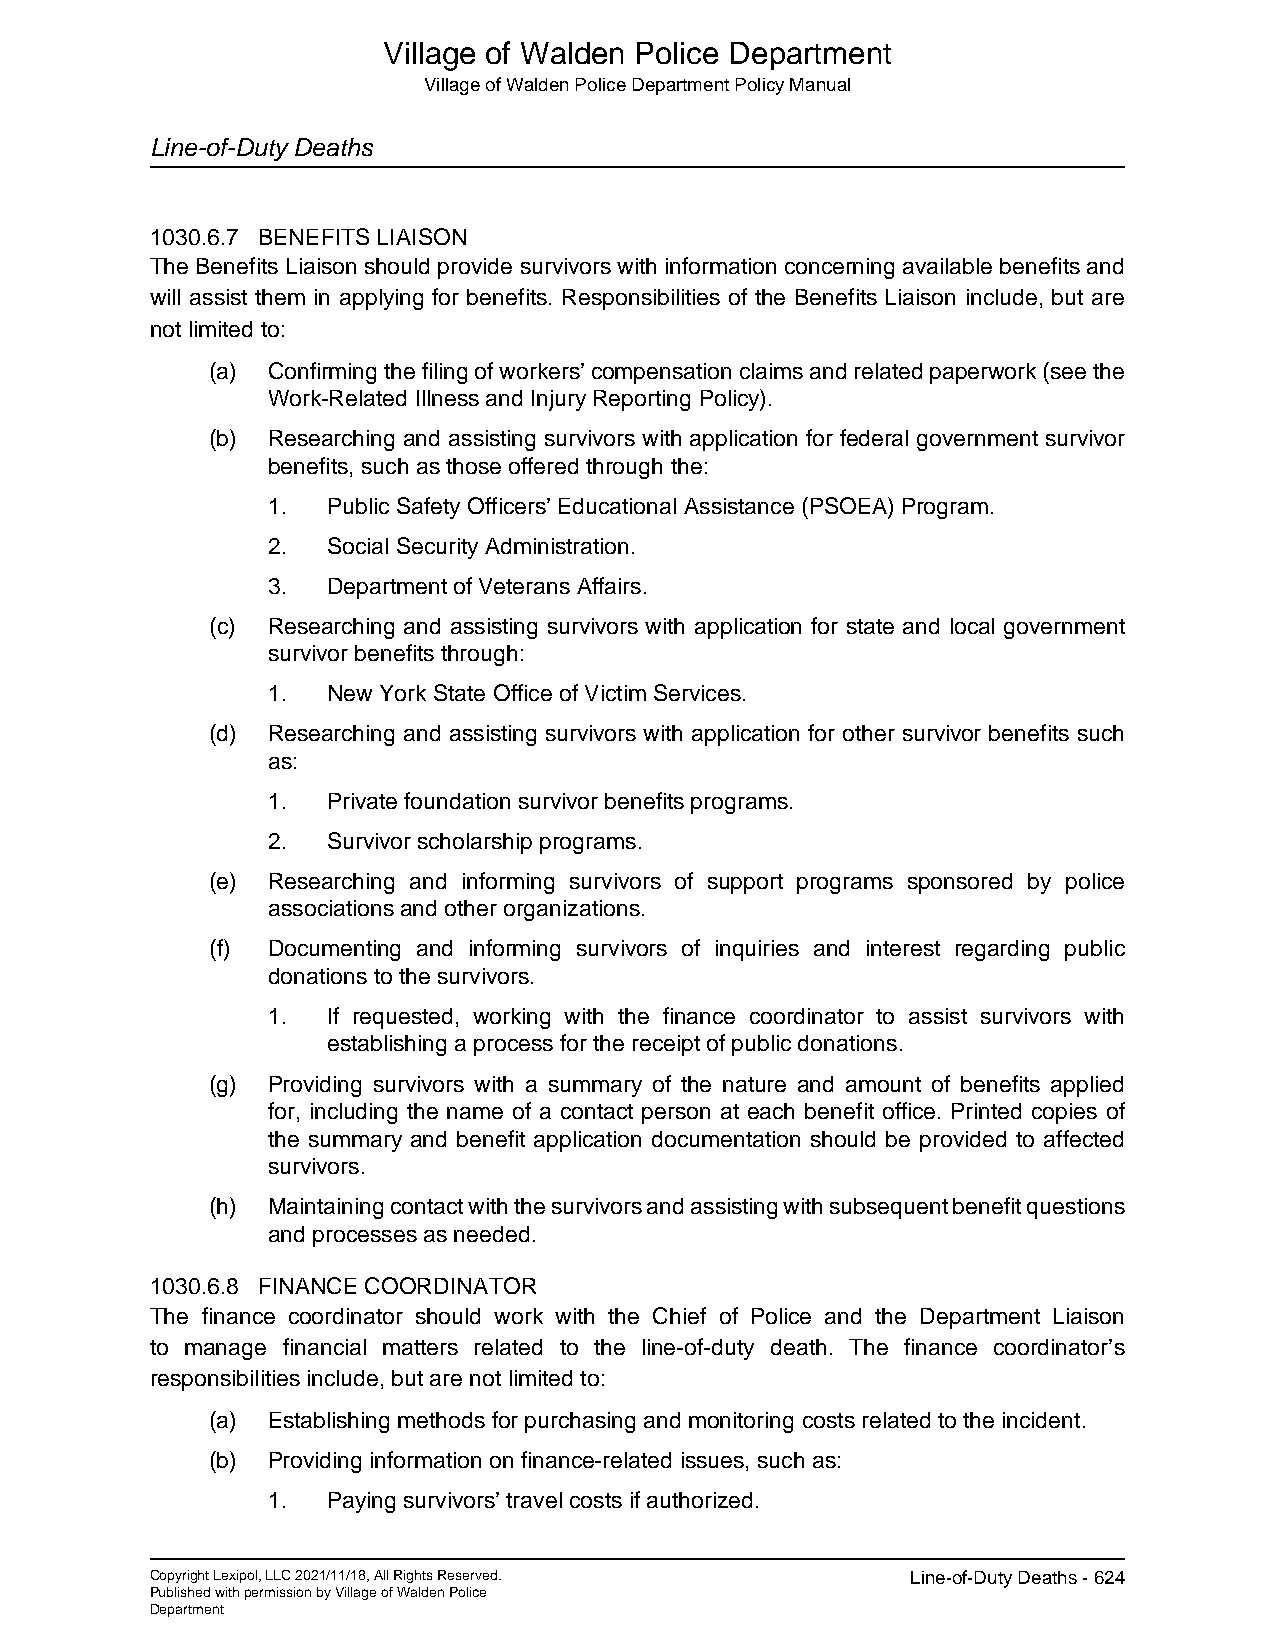
Village of Walden Police Department
 Village of Walden Police Department Policy Manual
 Line-of-Duty Deaths
 1030.6.7 BENEFITS LIAISON
 The Benefits Liaison should provide survivors with information concerning available benefits and
 will assist them in applying for benefits. Responsibilities of the Benefits Liaison include, but are
 not limited to:
 (a) Confirming the filing of workers’ compensation claims and related paperwork (see the
 Work-Related Illness and Injury Reporting Policy).
 (b) Researching and assisting survivors with application for federal government survivor
 benefits, such as those offered through the:
 1.  Public Safety Officers’ Educational Assistance (PSOEA) Program.
 2.  Social Security Administration.
 3.  Department of Veterans Affairs.
 (c) Researching and assisting survivors with application for state and local government
 survivor benefits through:
 1.  New York State Office of Victim Services.
 (d) Researching and assisting survivors with application for other survivor benefits such
 as:
 1.  Private foundation survivor benefits programs.
 2.  Survivor scholarship programs.
 (e) Researching and informing survivors of support programs sponsored by police
 associations and other organizations.
 (f) Documenting and informing survivors of inquiries and interest regarding public
 donations to the survivors.
 1.  If requested, working with the finance coordinator to assist survivors with
 establishing a process for the receipt of public donations.
 (g) Providing survivors with a summary of the nature and amount of benefits applied
 for, including the name of a contact person at each benefit office. Printed copies of
 the summary and benefit application documentation should be provided to affected
 survivors.
 (h) Maintaining contact with the survivors and assisting with subsequent benefit questions
 and processes as needed.
 1030.6.8 FINANCE COORDINATOR
 The finance coordinator should work with the Chief of Police and the Department Liaison
 to manage financial matters related to the line-of-duty death. The finance coordinator’s
 responsibilities include, but are not limited to:
 (a) Establishing methods for purchasing and monitoring costs related to the incident.
 (b) Providing information on finance-related issues, such as:
 1.  Paying survivors’ travel costs if authorized.
 Copyright Lexipol, LLC 2021/11/18, All Rights Reserved. Line-of-Duty Deaths - 624
 Published with permission by Village of Walden Police
 Department